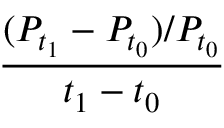
\frac { ( P _ { t _ { 1 } } - P _ { t _ { 0 } } ) / P _ { t _ { 0 } } } { t _ { 1 } - t _ { 0 } }